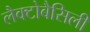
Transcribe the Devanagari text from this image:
लैक्टोबैसिली